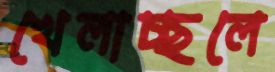
খেলাচ্ছলে